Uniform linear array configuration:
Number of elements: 64
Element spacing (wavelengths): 1
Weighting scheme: cosine
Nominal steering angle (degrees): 0
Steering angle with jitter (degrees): -0.2059
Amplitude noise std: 0.05
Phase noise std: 0.05

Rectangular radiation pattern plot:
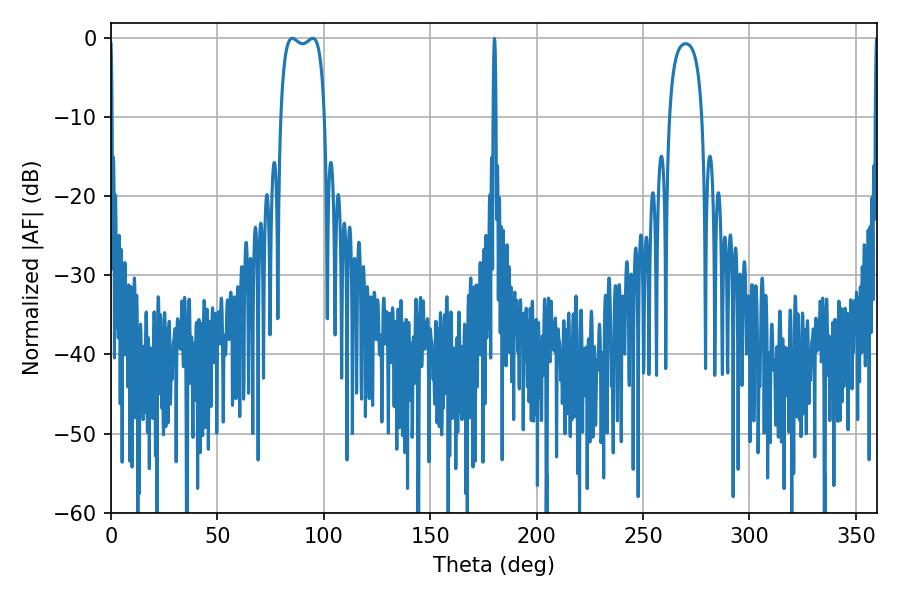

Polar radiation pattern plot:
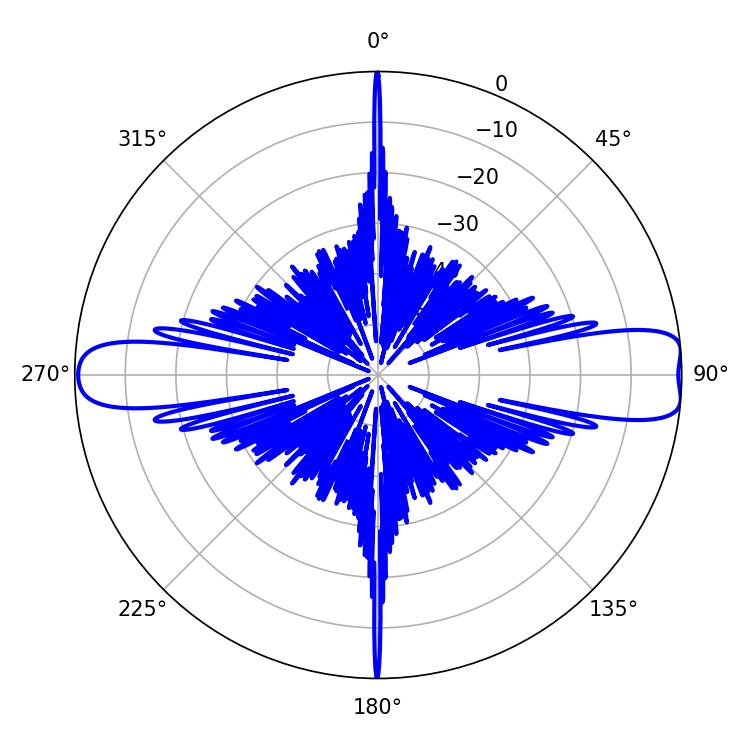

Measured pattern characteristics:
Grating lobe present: TRUE
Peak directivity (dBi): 12.164
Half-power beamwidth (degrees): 16.56
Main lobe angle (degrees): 85.14